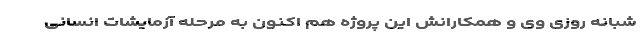
شبانه روزی وی و همکارانش این پروژه هم اکنون به مرحله آزمایشات انسانی